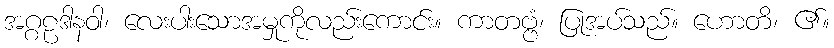
အဂ္ဂဠဒါနဝါ၊ လေးပါးသောအမှုကိုလည်းကောင်း။ ကာတဗ္ဗံ၊ ပြုအပ်သည်။ ဟောတိ၊ ၏။